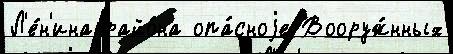
Л'е́н'ина райо́на опа́сноjе Вооруж́нных